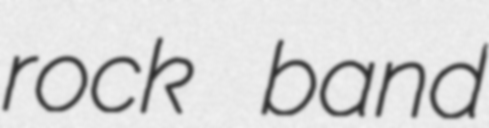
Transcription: rock band